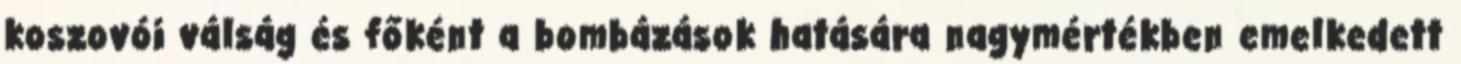
koszovói válság és főként a bombázások hatására nagymértékben emelkedett